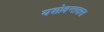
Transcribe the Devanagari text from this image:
यशोवन्तदास